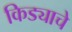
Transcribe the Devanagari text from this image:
किड्याचे